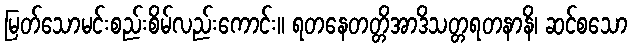
မြတ်သောမင်းစည်းစိမ်လည်းကောင်း။ ရတနေတတ္တိအာဒိသတ္တရတနာနိ၊ ဆင်စသော